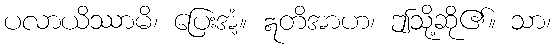
ပလာယိဿာမိ၊ ပြေးအံ့။ ဣတိအာဟ၊ ဤသို့ဆို၏။ သာ၊